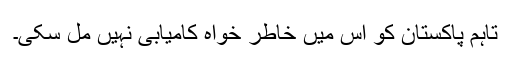
تاہم پاکستان کو اس میں خاطر خواہ کامیابی نہیں مل سکی۔